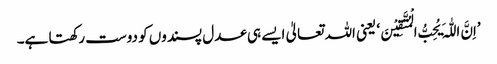
’اِنَّ اللّٰہَ یُحِبُّ الْمُتَّقِیْنَ‘ یعنی اللہ تعالیٰ ایسے ہی عدل پسندوں کو دوست رکھتا ہے۔